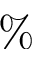
\%